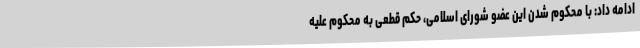
ادامه داد: با محکوم شدن این عضو شورای اسلامی، حکم قطعی به محکوم علیه